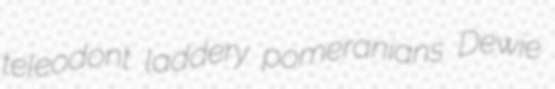
teleodont laddery pomeranians Dewie